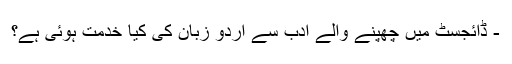
- ڈائجسٹ میں چھپنے والے ادب سے اردو زبان کی کیا خدمت ہوئی ہے؟